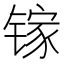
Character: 镓